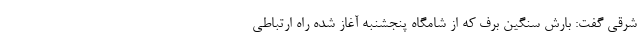
شرقی گفت: بارش سنگین برف که از شامگاه پنجشنبه آغاز شده راه ارتباطی